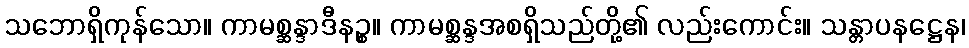
သဘောရှိကုန်သော။ ကာမစ္ဆန္ဒာဒီနဉ္စ။ ကာမစ္ဆန္ဒအစရှိသည်တို့၏ လည်းကောင်း။ သန္တာပနဋ္ဌေန၊